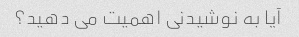
آیا به نوشیدنی اهمیت می دهید؟